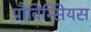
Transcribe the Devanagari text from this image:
प्रौविन्सियस